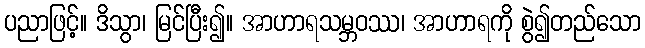
ပညာဖြင့်။ ဒိသွာ၊ မြင်ပြီး၍။ အာဟာရသမ္ဘဝဿ၊ အာဟာရကို စွဲ၍တည်သော